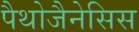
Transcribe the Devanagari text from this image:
पैथोजैनेसिस